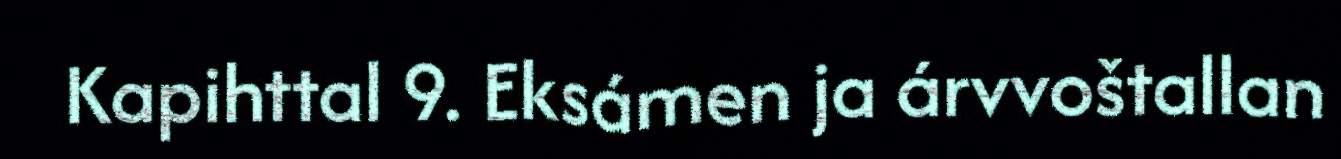
Kapihttal 9. Eksámen ja árvvoštallan